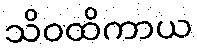
သိဝထိကာယ